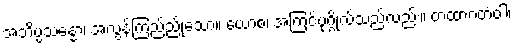
အဘိပ္ပသန္နော၊ အလွန်ကြည်ညိုသော။ ယောစ၊ အကြင်ပုဂ္ဂိုလ်သည်လည်း။ တထာဂတံဝါ၊